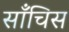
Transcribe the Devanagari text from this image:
साँचिस